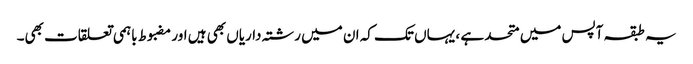
یہ طبقہ آپس میں متحد ہے ، یہاں تک کہ ان میں رشتہ داریاں بھی ہیں اور مضبوط باہمی تعلقات بھی۔